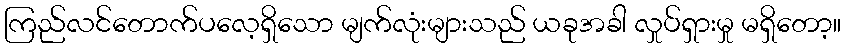
ကြည်လင်တောက်ပလေ့ရှိသော မျက်လုံးများသည် ယခုအခါ လှုပ်ရှားမှု မရှိတော့။